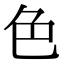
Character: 色